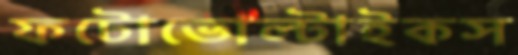
ফটোভোল্টাইকস